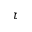
\tau